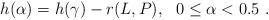
LaTeX: \begin{align*}h(\alpha) = h(\gamma) - r(L,P) , \ \ 0 \le \alpha < 0.5 \ .\end{align*}